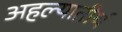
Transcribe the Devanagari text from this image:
अहल्यातीर्थ